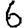
Digit: 6